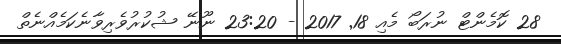
28 ކޮމެންޓް ނުރަބޯ މެއި 18